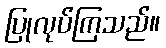
ပြုလုပ်ကြသည်။